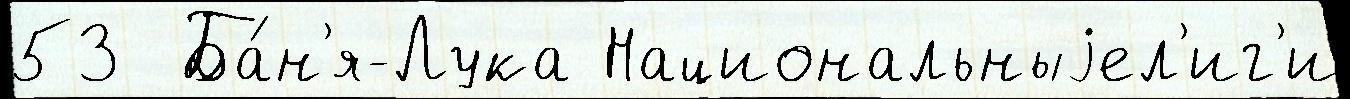
53  Ба́н'я-Лука Национальныjел'иг'и